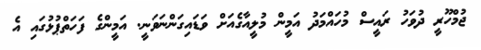
ޖުމްހޫރީ ދުވަހު ރައީސް މުހައްމަދު އަމީން މުލީއާގެއަށް ވަޑައިގަންނަވަނީ. އަމީންގެ ފަހަތްޕުޅުގައި އެ